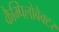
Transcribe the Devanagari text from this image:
कैम्पिलोबैक्टर